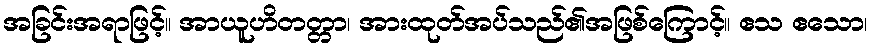
အခြင်းအရာဖြင့်။ အာယူဟိတတ္တာ၊ အားထုတ်အပ်သည်၏အဖြစ်ကြောင့်။ ဧသ ဧသော၊